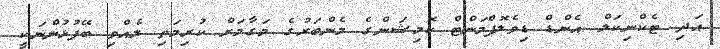
އަދި ޓެކްނިކަލް އެންޑް ޑިވެލޮޕްމަންޓް ކޮމިޝަންގެ މެންބަރުގެ މަގާމަށް ކުރިމަތި ލެއްވި ބޭފުޅުންނަކީ